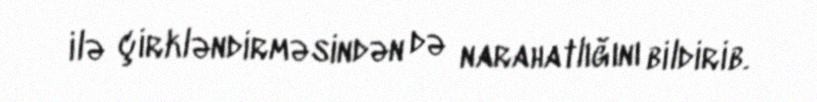
ilə çirkləndirməsindən də narahatlığını bildirib.